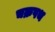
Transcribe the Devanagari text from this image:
चक्रपथ